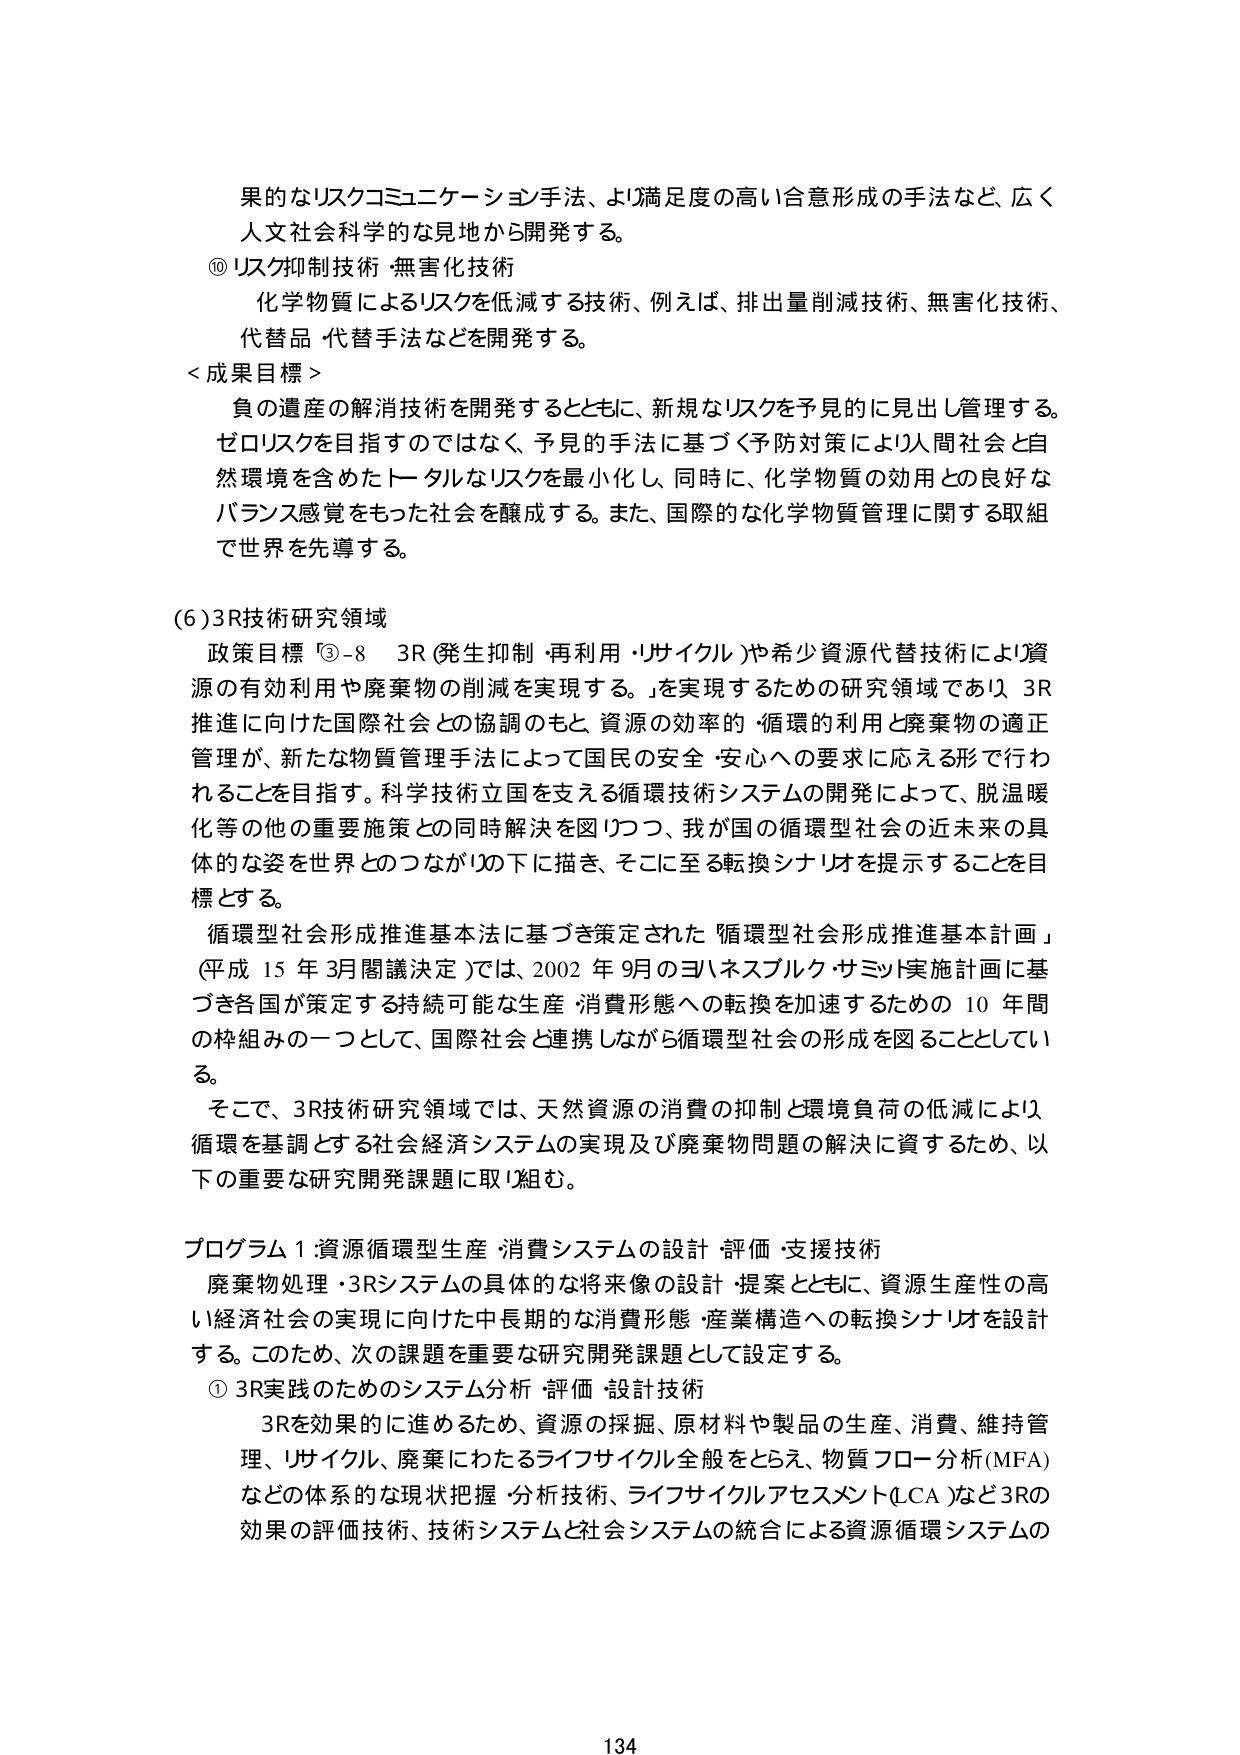
果的なリスクコミュニケーション手法、より満足度の高い合意形成の手法など、広く人文社会科学的な見地から開発する。

⑩ リスク抑制技術・無害化技術
化学物質によるリスクを低減する技術、例えば、排出量削減技術、無害化技術、代替品・代替手法などを開発する。

＜成果目標＞
負の遺産の解消技術を開発するとともに、新規なリスクを予見的に見出し管理する。ゼロリスクを目指すのではなく、予見的手法に基づく予防対策により人間社会と自然環境を含めたトータルなリスクを最小化し、同時に、化学物質の効用との良好なバランス感覚をもった社会を醸成する。また、国際的な化学物質管理に関する取組で世界を先導する。

(6) 3R技術研究領域
政策目標 ③-8 3R（発生抑制・再利用・リサイクル）や希少資源代替技術により資源の有効利用や廃棄物の削減を実現する。」を実現するための研究領域であり、3R推進に向けた国際社会との協調のもと、資源の効率的・循環的利用と廃棄物の適正管理が、新たな物質管理手法によって国民の安全・安心への要求に応える形で行われることを目指す。科学技術立国を支える循環技術システムの開発によって、脱温暖化等の他の重要施策との同時解決を図りつつ、我が国の循環型社会の近未来の具体的な姿を世界とのつながりの下に描き、そこに至る転換シナリオを提示することを目標とする。

循環型社会形成推進基本法に基づき策定された「循環型社会形成推進基本計画」（平成15年3月閣議決定）では、2002年9月のヨハネスブルク・サミット実施計画に基づき各国が策定する持続可能な生産・消費形態への転換を加速するための10年間の枠組みの一つとして、国際社会と連携しながら循環型社会の形成を図ることとしている。

そこで、3R技術研究領域では、天然資源の消費の抑制と環境負荷の低減により循環を基調とする社会経済システムの実現及び廃棄物問題の解決に資するため、以下の重要な研究開発課題に取り組む。

プログラム1：資源循環型生産・消費システムの設計・評価・支援技術
廃棄物処理・3Rシステムの具体的な将来像の設計・提案とともに、資源生産性の高い経済社会の実現に向けた中長期的な消費形態・産業構造への転換シナリオを設計する。このため、次の課題を重要な研究開発課題として設定する。

① 3R実践のためのシステム分析・評価・設計技術
3Rを効果的に進めるため、資源の採掘、原材料や製品の生産、消費、維持管理、リサイクル、廃棄にわたるライフサイクル全般をとらえ、物質フロー分析（MFA）などの体系的な現状把握・分析技術、ライフサイクルアセスメント（LCA）など3Rの効果の評価技術、技術システムと社会システムの統合による資源循環システムの

134